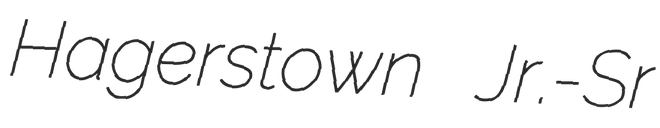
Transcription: Hagerstown Jr.-Sr